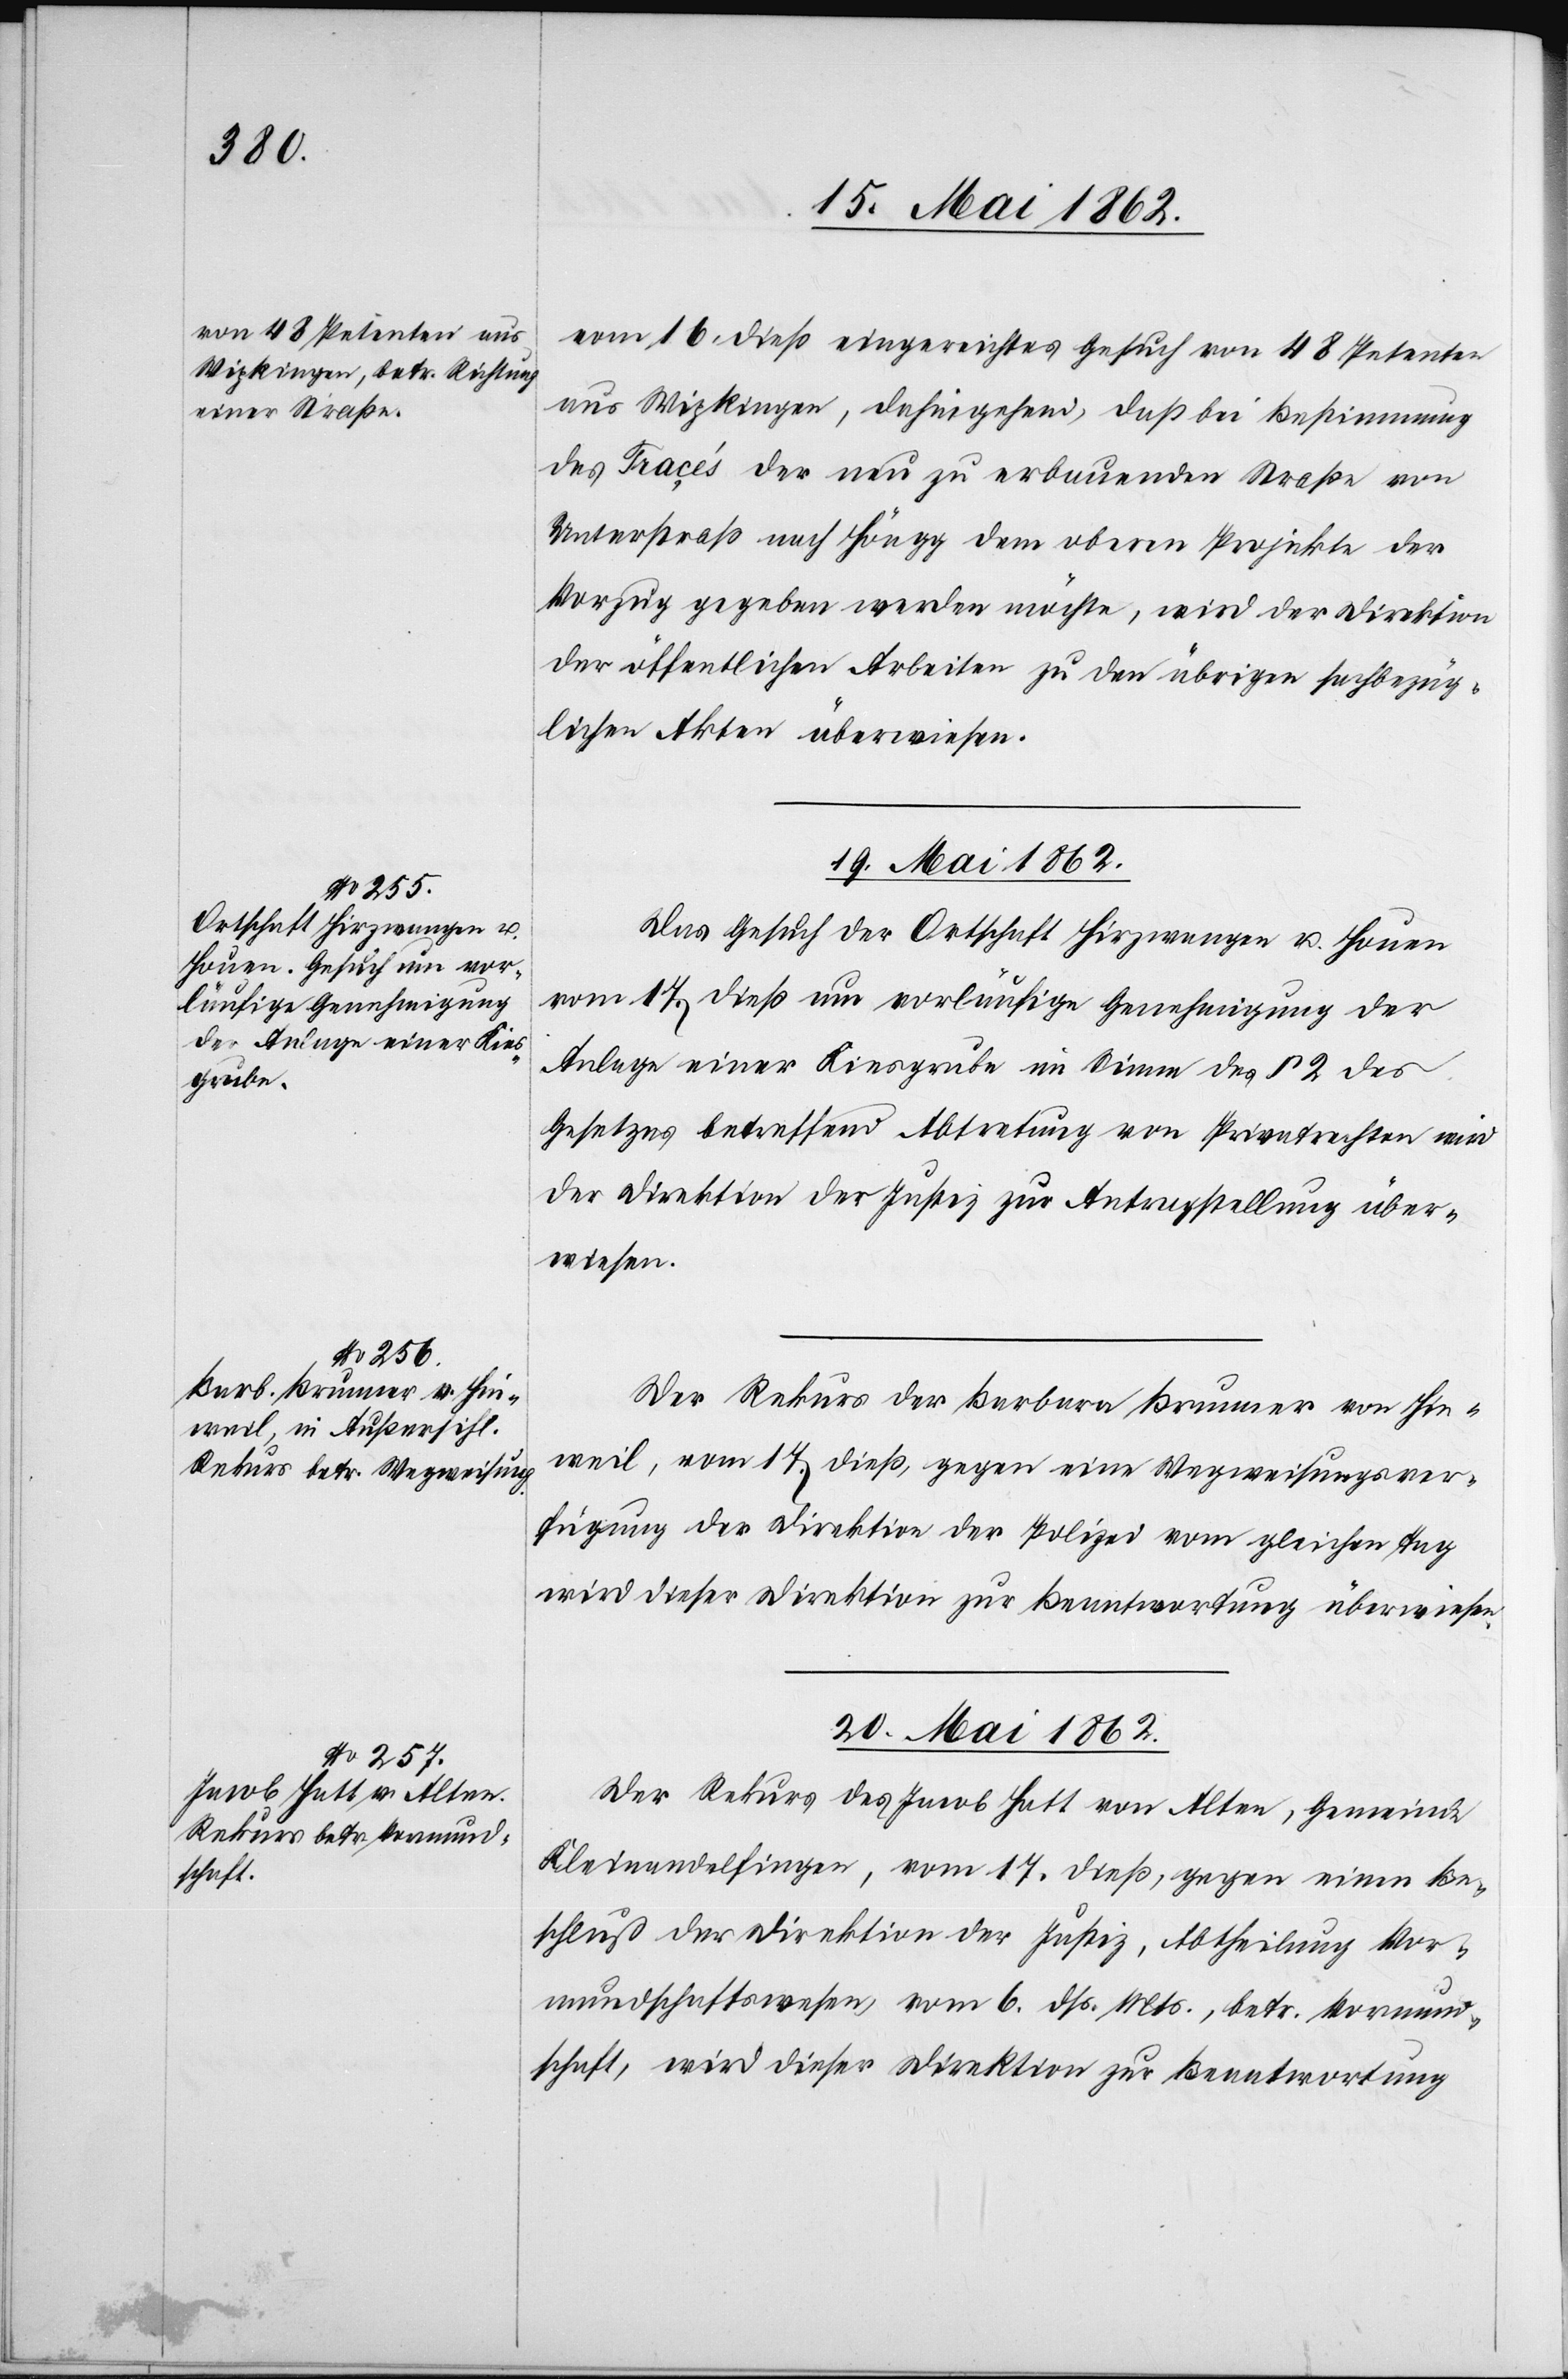
vom 16. dieß eingereichtes Gesuch von 48 Petenten
aus Wipkingen, dahingehend, daß bei Bestimmung
des Fraçés der neu zu erbauenden Straße von
Unterstraß nach Höngg dem oberen Projekte der
Vorzug gegeben werden möchte, wird der Direktion
der öffentlichen Arbeiten zu den übrigen sachbezüg¬
lichen Akten überwiesen.
19. Mai 1862.]
Das Gesuch der Ortschaft Hirzwangen u. Houen
vom 17. dieß um vorläufige Genehmigung der
Anlage einer Kiesgrube im Sinne des § 2 des
Gesetzes betreffend Abtretung von Privatrechten wird
der Direktion der Justiz zur Antragstellung über¬
wiesen.
Der Rekurs der Barbara Brunner von Hin¬
weil, vom 17. dieß, gegen eine Wegweisungsver¬
fügung der Direktion der Polizei vom gleichen Tag
wird dieser Direktion zur Beantwortung überwiesen.
20. Mai 1862.
Der Rekurs des Jacob Hatt von Alten, Gemeinde
Kleinandelfingen, vom 17. dieß, gegen einen Be¬
schluß der Direktion der Justiz, Abtheilung Vor¬
mundschaftswesen, vom 6. dß. Mts., betr. Vormund¬
schaft, wird dieser Direktion zur Beantwortung